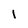
Character: 1